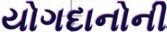
યોગદાનોની